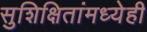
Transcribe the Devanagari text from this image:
सुशिक्षितांमध्येही